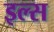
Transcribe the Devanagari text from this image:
इल्स